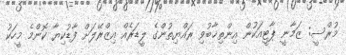
މުރްސީ: ޒަމާނީ ޕާޓީއަކުން އިންތިޚާބުވި ރައްޔިތުންގެ ލީޑަރެއް އިޒްރޭލަށް ފާޑުކިޔާ ކޮންމެ މީހަކު